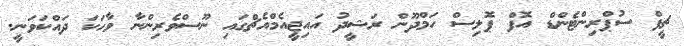
ޗީފް ސުޕްރިންޓެންޑް އޮފް ޕޮލިސް ހަމްދޫން ރަޝީދު އައިޖީއެމްއެޗްގައި ނޫސްވެރިންނާ ވާހަކަ ދައްކަވަނީ.